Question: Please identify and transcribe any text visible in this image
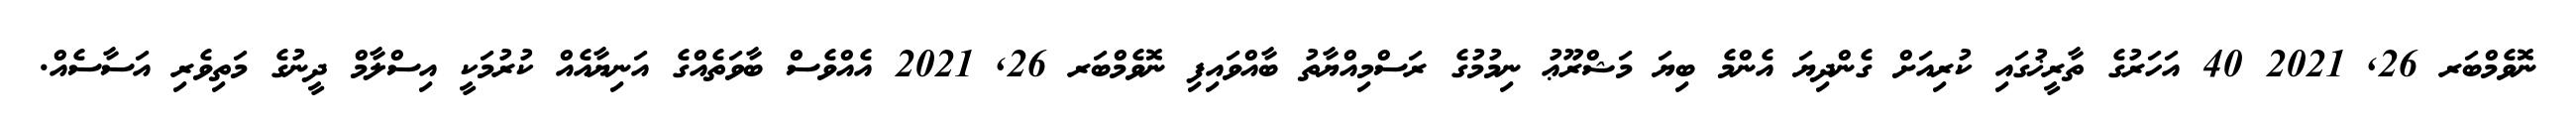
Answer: ނޮވެމްބަރ 26, 2021 40 އަހަރުގެ ތާރީޚުގައި ކުރިއަށް ގެންދިޔަ އެންމެ ބިޔަ މަޝްރޫޢު ނިމުމުގެ ރަސްމިއްޔާތު ބާއްވައިފި ނޮވެމްބަރ 26, 2021 އެއްވެސް ބާވަތެއްގެ އަނިޔާއެއް ކުރުމަކީ އިސްލާމް ދީނުގެ މަތިވެރި އަސާސެއް.